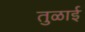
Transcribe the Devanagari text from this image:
तुळाई